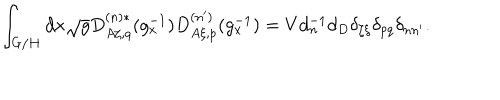
\int _ { G / H } d x \sqrt g D _ { A \zeta , q } ^ { ( n ) * } ( g _ { x } ^ { - 1 } ) D _ { A \xi , p } ^ { ( n ^ { \prime } ) } ( g _ { x } ^ { - 1 } ) = V d _ { n } ^ { - 1 } d _ { D } \delta _ { \zeta \xi } \delta _ { p q } \delta _ { n n ^ { \prime } } .